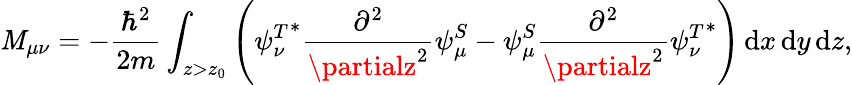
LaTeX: \mathit{M}_{\mu\nu}=-{\frac{{\hbar^{2}}}{{2m}}}\int_{z>z_{0}}\left({\psi_{\nu}^{T}}^{*}{\frac{{\partial^{2}}}{{\partialz^{2}}}}{\psi_{\mu}^{S}}-{\psi_{\mu}^{S}}{\frac{{\partial^{2}}}{{\partialz^{2}}}}{\psi_{\nu}^{T}}^{*}\right)\, \mathrm{{d}}x\, \mathrm{{d}}y\, \mathrm{{d}}z,